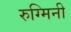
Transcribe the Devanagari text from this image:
रुग्मिनी